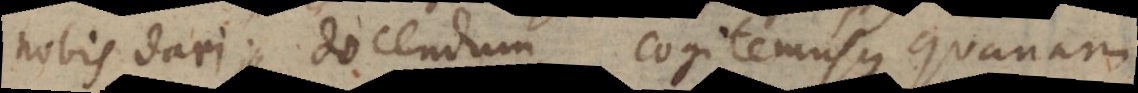
nobis dari docendum, cogitemusque quanam